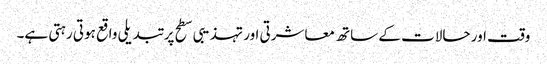
وقت اور حالات کے ساتھ معاشرتی اور تہذیبی سطح پر تبدیلی واقع ہوتی رہتی ہے۔